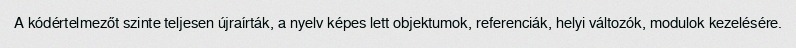
A kódértelmezőt szinte teljesen újraírták, a nyelv képes lett objektumok, referenciák, helyi változók, modulok kezelésére.